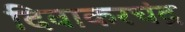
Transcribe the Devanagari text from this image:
दिवाकरचंद्र